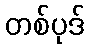
တစ်ပုဒ်